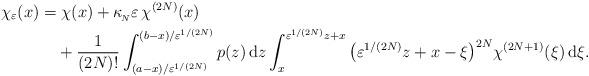
LaTeX: \begin{align*}\chi_{\varepsilon}(x)&=\chi(x)+\kappa_{_{\!N}}\varepsilon\,\chi^{(2N)}(x)\\&\hphantom{=\;}+\frac{1}{(2N)!}\int_{(a-x)/\varepsilon^{1/(2N)}}^{(b-x)/\varepsilon^{1/(2N)}} p(z) \,\mathrm{d}z\int_x^{\varepsilon^{1/(2N)}z+x} \big(\varepsilon^{1/(2N)}z+x-\xi\big)^{2N}\chi^{(2N+1)}(\xi)\,\mathrm{d}\xi.\end{align*}